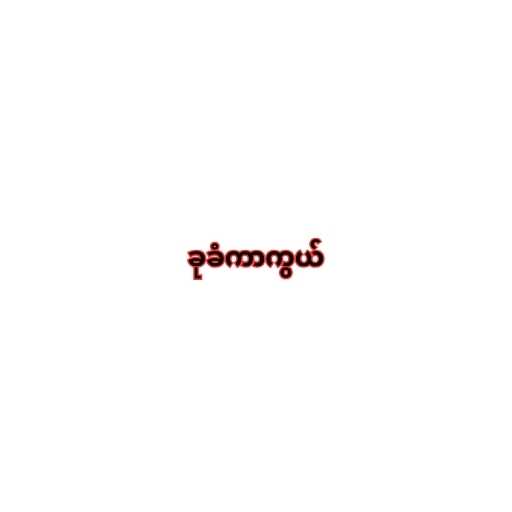
ခုခံကာကွယ်